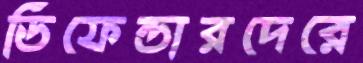
ডিফেন্ডারদেরে